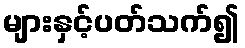
များနှင့်ပတ်သက်၍